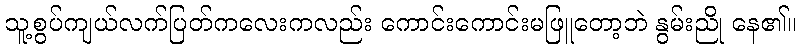
သူ့စွပ်ကျယ်လက်ပြတ်ကလေးကလည်း ကောင်းကောင်းမဖြူတော့ဘဲ နွမ်းညို နေ၏။